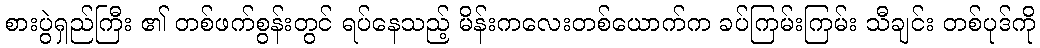
စားပွဲရှည်ကြီး ၏ တစ်ဖက်စွန်းတွင် ရပ်နေသည့် မိန်းကလေးတစ်ယောက်က ခပ်ကြမ်းကြမ်း သီချင်း တစ်ပုဒ်ကို